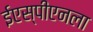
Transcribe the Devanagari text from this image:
ईएस्‌पीएनला